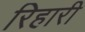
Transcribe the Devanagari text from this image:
रिहारी